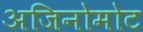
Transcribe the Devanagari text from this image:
अजिनोमोट